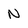
Character: N